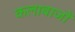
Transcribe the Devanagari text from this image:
कलाबाजों